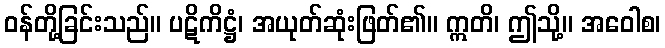
ဝန်တို့ခြင်းသည်။ ပဋိကိဋ္ဌံ၊ အယုတ်ဆုံးဖြတ်၏။ ဣတိ၊ ဤသို့။ အဝေါစ၊